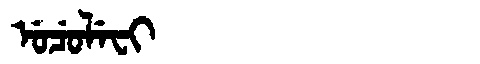
Manchu: ᡠᠴᡠᠯᡝᠸᡳ
Romanization: UCULEFI